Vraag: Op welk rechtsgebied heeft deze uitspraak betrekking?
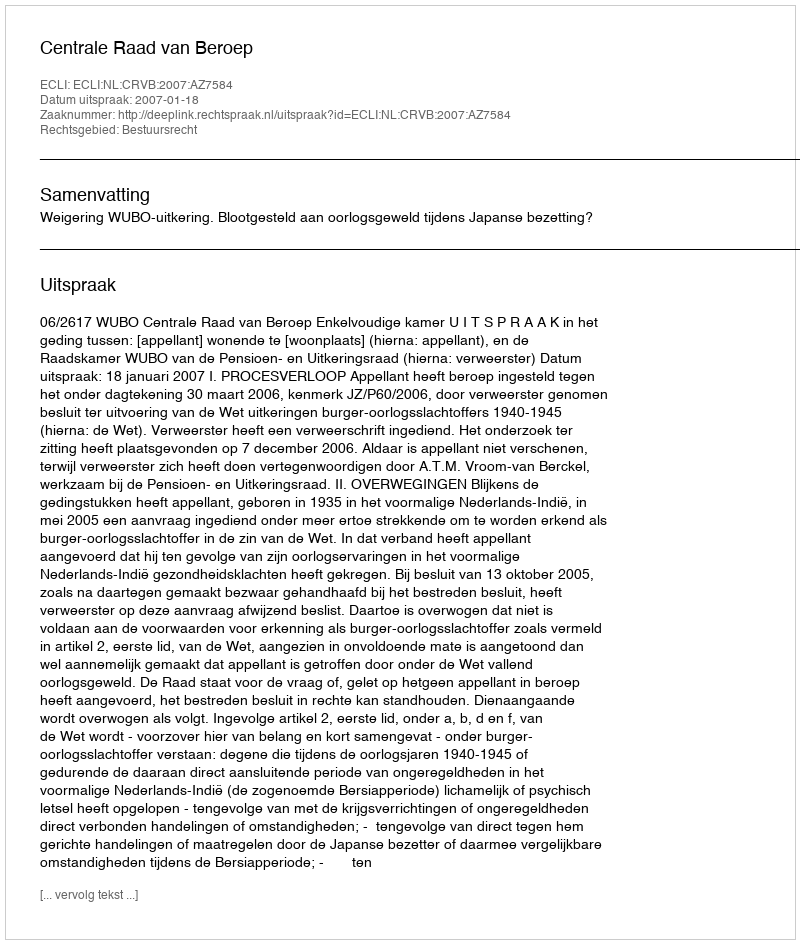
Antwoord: Bestuursrecht